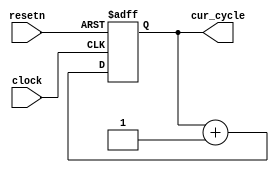
module dilation_sys_cycle_time
	(
		input 		clock,
		input 		resetn,
		output [31:0] 		cur_cycle
	);
 reg [31:0] cur_count_NO_SHIFT_REG;
assign cur_cycle = cur_count_NO_SHIFT_REG;
always @(posedge clock or negedge resetn)
begin
	if (~(resetn))
	begin
		cur_count_NO_SHIFT_REG <= 32'h0;
	end
	else
	begin
		cur_count_NO_SHIFT_REG <= (cur_count_NO_SHIFT_REG + 32'h1);
	end
end
endmodule